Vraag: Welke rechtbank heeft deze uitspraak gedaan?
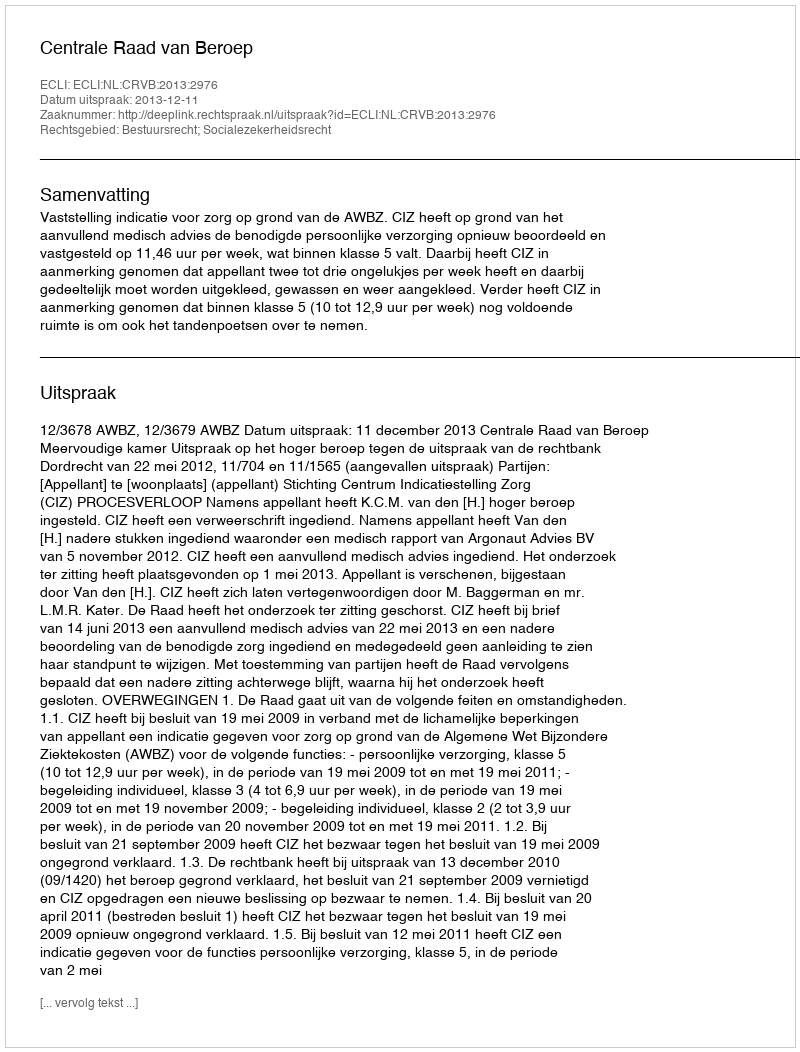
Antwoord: Centrale Raad van Beroep